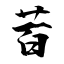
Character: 苩